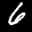
Label: 6